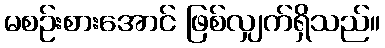
မစဉ်းစားအောင် ဖြစ်လျှက်ရှိသည်။